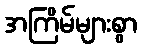
အကြိမ်များစွာ